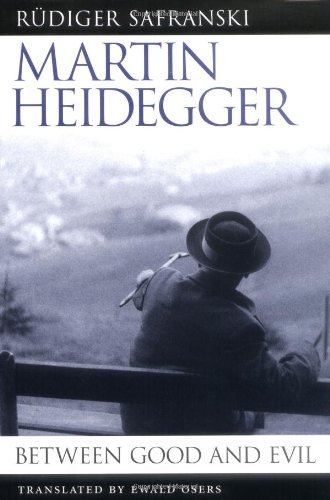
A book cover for Martin Heidegger: Between Good and Evil; RÃ¼diger Safranski; Politics & Social Sciences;